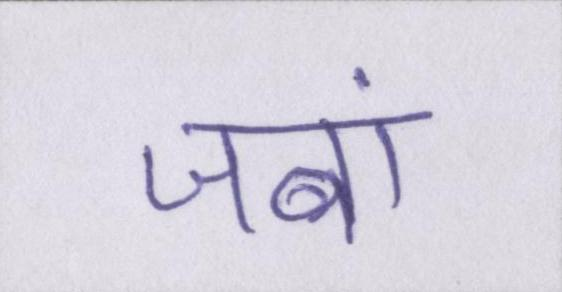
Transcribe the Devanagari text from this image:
जबां